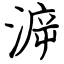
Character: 㴑